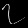
Digit: ၇